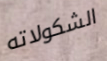
الشكولاته